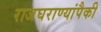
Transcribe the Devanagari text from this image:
राजघराण्यांपैकी